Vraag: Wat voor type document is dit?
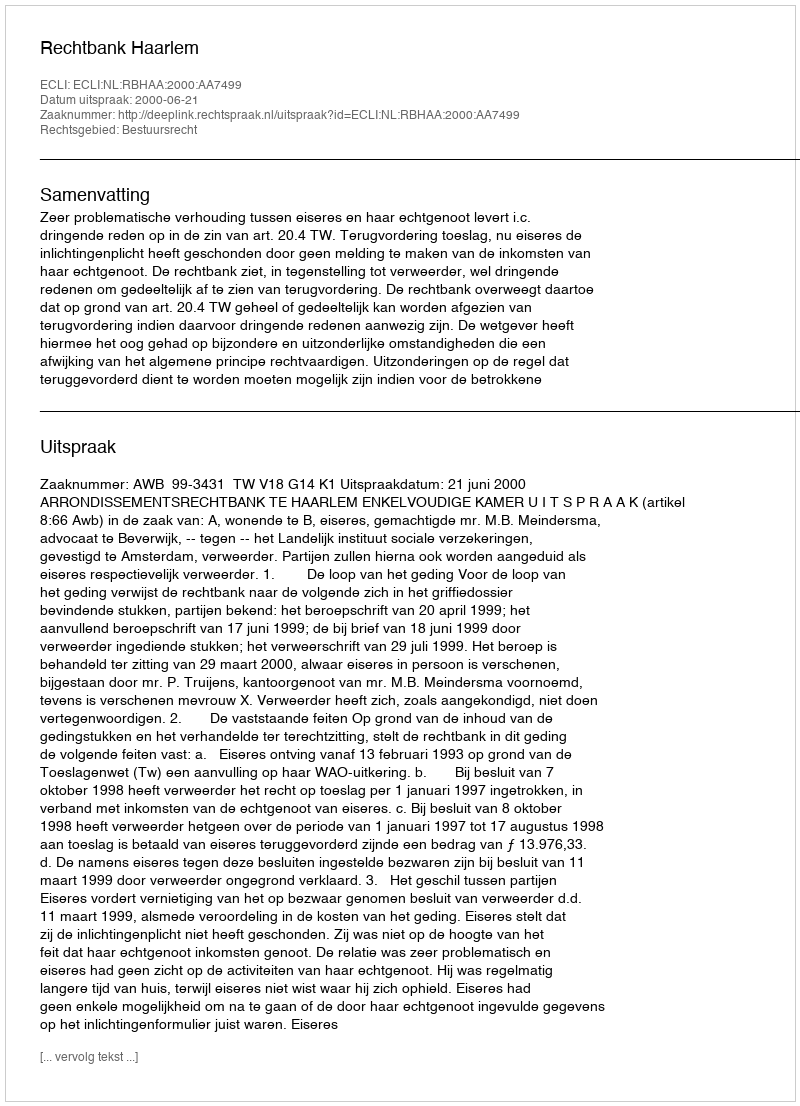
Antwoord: Uitspraak